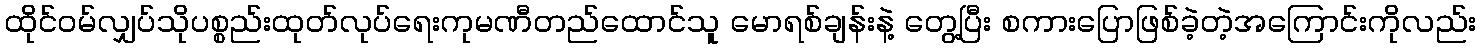
ထိုင်ဝမ်လျှပ်သိုပစ္စည်းထုတ်လုပ်ရေးကုမဏီတည်ထောင်သူ မောရစ်ချန်းနဲ့ တွေ့ပြီး စကားပြောဖြစ်ခဲ့တဲ့အကြောင်းကိုလည်း